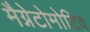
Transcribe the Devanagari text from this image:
मैग्नेटोमोटिव